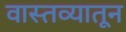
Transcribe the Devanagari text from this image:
वास्तव्यातून